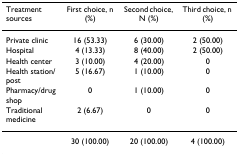
<table><thead><tr><td><b>Treatment sources</b></td><td><b>First choice, n (%)</b></td><td><b>Second choice, N (%)</b></td><td><b>Third choice, n (%)</b></td></tr></thead><tbody><tr><td>Private clinic</td><td>16 (53.33)</td><td>6 (30.00)</td><td>2 (50.00)</td></tr><tr><td>Hospital</td><td>4 (13.33)</td><td>8 (40.00)</td><td>2 (50.00)</td></tr><tr><td>Health center</td><td>3 (10.00)</td><td>4 (20.00)</td><td>0</td></tr><tr><td>Health station/post</td><td>5 (16.67)</td><td>1 (10.00)</td><td>0</td></tr><tr><td>Pharmacy/drug shop</td><td>0</td><td>1 (10.00)</td><td>0</td></tr><tr><td>Traditional medicine</td><td>2 (6.67)</td><td>0</td><td>0</td></tr><tr><td></td><td>30 (100.00)</td><td>20 (100.00)</td><td>4 (100.00)</td></tr></tbody></table>